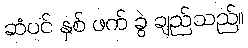
ဆံပင် နှစ် ဖက် ခွဲ ချည်သည်။